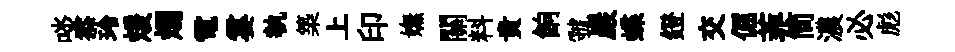
啖忝玲煖燭電霎執築上印嫵關料貴餉虢巖蝶鐙交倔菲简濃必彪